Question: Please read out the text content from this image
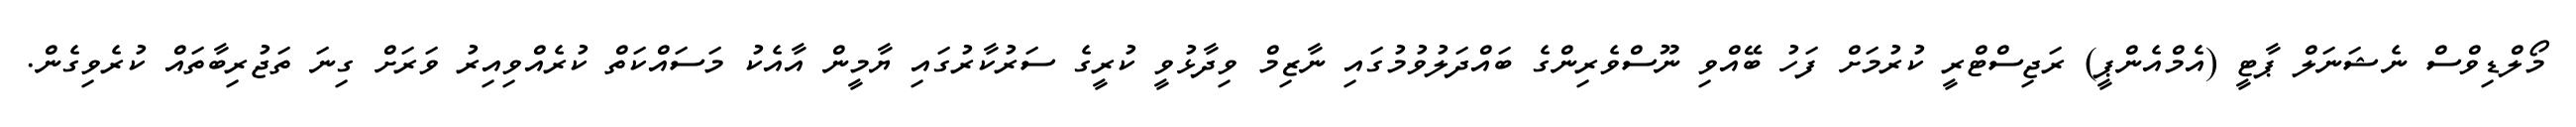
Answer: މޯލްޑިވްސް ނެޝަނަލް ޕާޓީ (އެމްއެންޕީ) ރަޖިސްޓްރީ ކުރުމަށް ފަހު ބޭއްވި ނޫސްވެރިންގެ ބައްދަލުވުމުގައި ނާޒިމް ވިދާޅުވީ ކުރީގެ ސަރުކާރުގައި ޔާމީން އާއެކު މަސައްކަތް ކުރެއްވިއިރު ވަރަށް ގިނަ ތަޖުރިބާތައް ކުރެވިގެން.